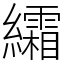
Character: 䌮